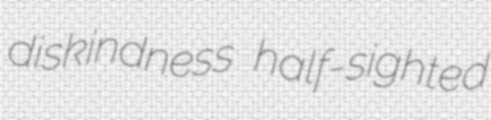
diskindness half-sighted